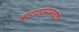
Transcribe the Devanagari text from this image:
खांडावप्रस्थनावाचा